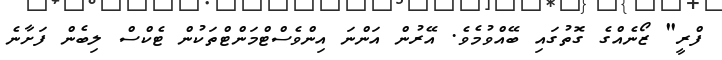
ފްރީ" ޒޯނެއްގެ ގޮތުގައި ބޭއްވުމެވެ. އޭރުން އަންނަ އިންވެސްޓްމަންޓްތަކުން ޓެކްސް ލިބެން ފަށާނެ